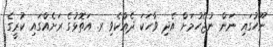
ނޫހުގައި ނަން ނުޖެހުމަށް އެދި ވާހަކަ ދެއްކެވި ރ. އަތޮޅުގެ ރަށެއްގައި ކުރީގެ